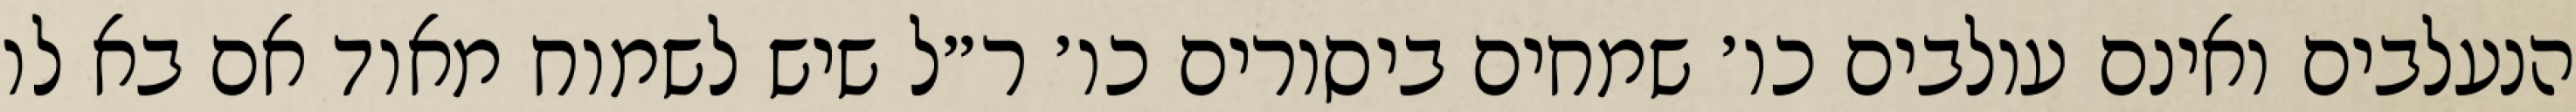
הנעלבים ואינם עולבים כו׳ שמחים ביסורים כו׳ ר״ל שיש לשמוח מאוד אם בא לו